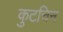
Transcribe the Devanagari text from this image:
कुटचिन